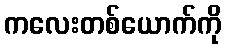
ကလေးတစ်ယောက်ကို